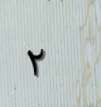
٢